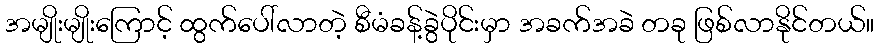
အမျိုးမျိုးကြောင့် ထွက်ပေါ်လာတဲ့ စီမံခန့်ခွဲပိုင်းမှာ အခက်အခဲ တခု ဖြစ်လာနိုင်တယ်။